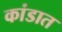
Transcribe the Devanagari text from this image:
कांडात